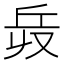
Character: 𠬿